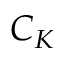
C _ { K }